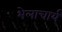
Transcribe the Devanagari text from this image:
भेलाचार्य